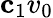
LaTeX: \mathbf c_{1}v_{0}